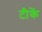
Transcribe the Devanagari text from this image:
टीकें